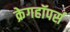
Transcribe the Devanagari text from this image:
क्रेगहॉपर्स